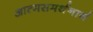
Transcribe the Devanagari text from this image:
आत्मसमर्थनार्थ